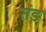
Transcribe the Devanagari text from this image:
तंड